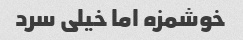
خوشمزه اما خیلی سرد